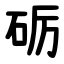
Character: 砺